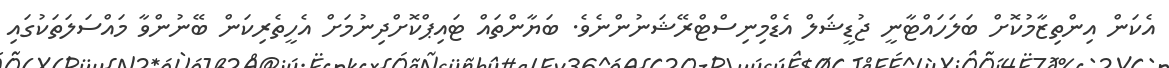
އެކަން އިންތިޒާމުކޮށް ބަލަހައްޓާނީ ޖުޑީޝަލް އެޑްމިނިސްޓްރޭޝަނުންނެވެ. ބަޔާންތައް ޓައިޕްކޮށްދިނުމަށް އެހީތެރިކަން ބޭނުންވާ މައްސަލަތަކުގައި